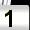
Digit: 1